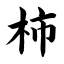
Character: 柿